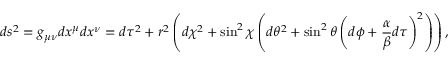
d s ^ { 2 } = g _ { \mu \nu } d x ^ { \mu } d x ^ { \nu } = d \tau ^ { 2 } + r ^ { 2 } \left( d \chi ^ { 2 } + \sin ^ { 2 } \chi \left( d \theta ^ { 2 } + \sin ^ { 2 } \theta \left( d \phi + { \frac { \alpha } { \beta } } d \tau \right) ^ { 2 } \right) \right) \space ,